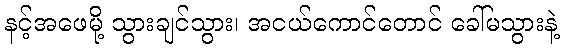
နင့်အဖေမို့ သွားချင်သွား၊ အငယ်ကောင်တောင် ခေါ်မသွားနဲ့